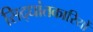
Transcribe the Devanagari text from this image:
सिद्धांतकारियों